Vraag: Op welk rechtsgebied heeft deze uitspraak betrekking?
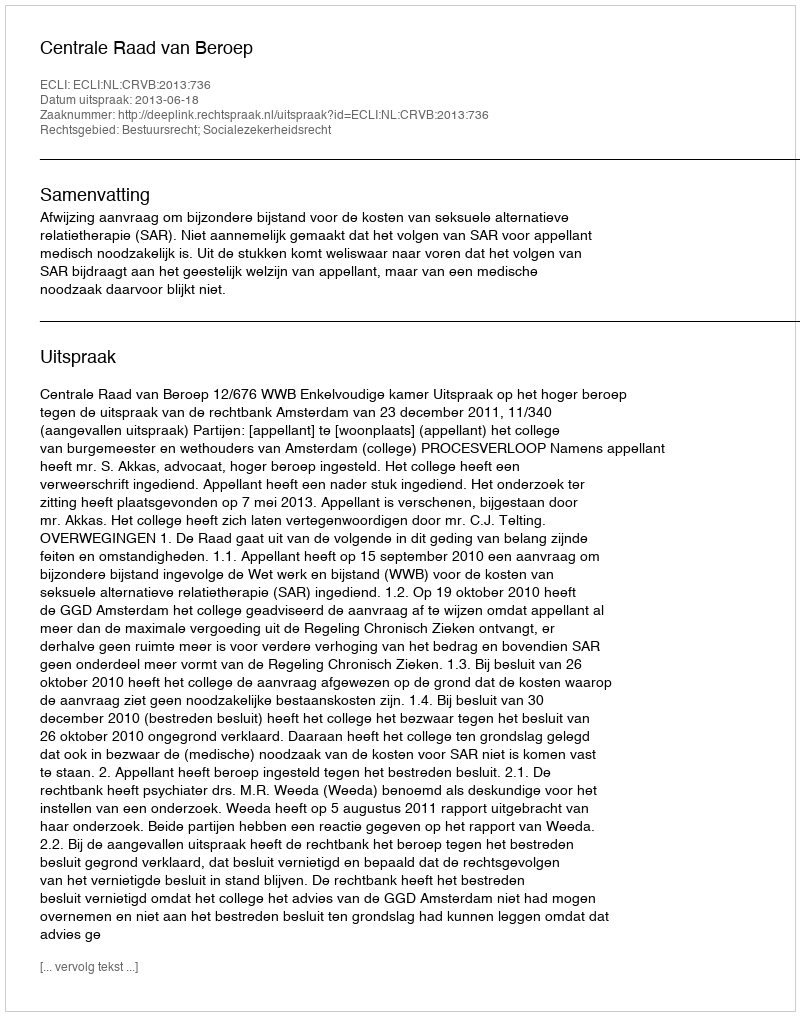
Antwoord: Bestuursrecht; Socialezekerheidsrecht